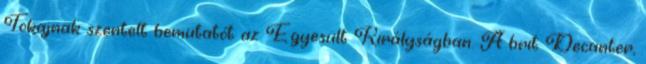
Tokajnak szentelt bemutatót az Egyesült Királyságban. A brit Decanter,